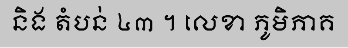
និង តំបន់ ៤៣ ។ លេខា ភូមិភាគ